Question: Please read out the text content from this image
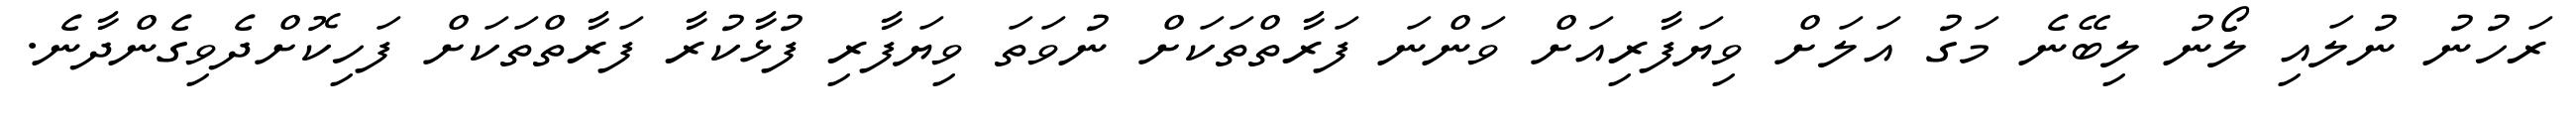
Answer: ރަހުނު ނުލައި ލޯނު ލިބޭނެ މަގު އަލަށް ވިޔަފާރިއަށް ވަންނަ ފަރާތްތަކަށް ނުވަތަ ވިޔަފާރި ފުޅާކުރާ ފަރާތްތަކަށް ފަހިކޮށްދެވިގެންދާނެ.